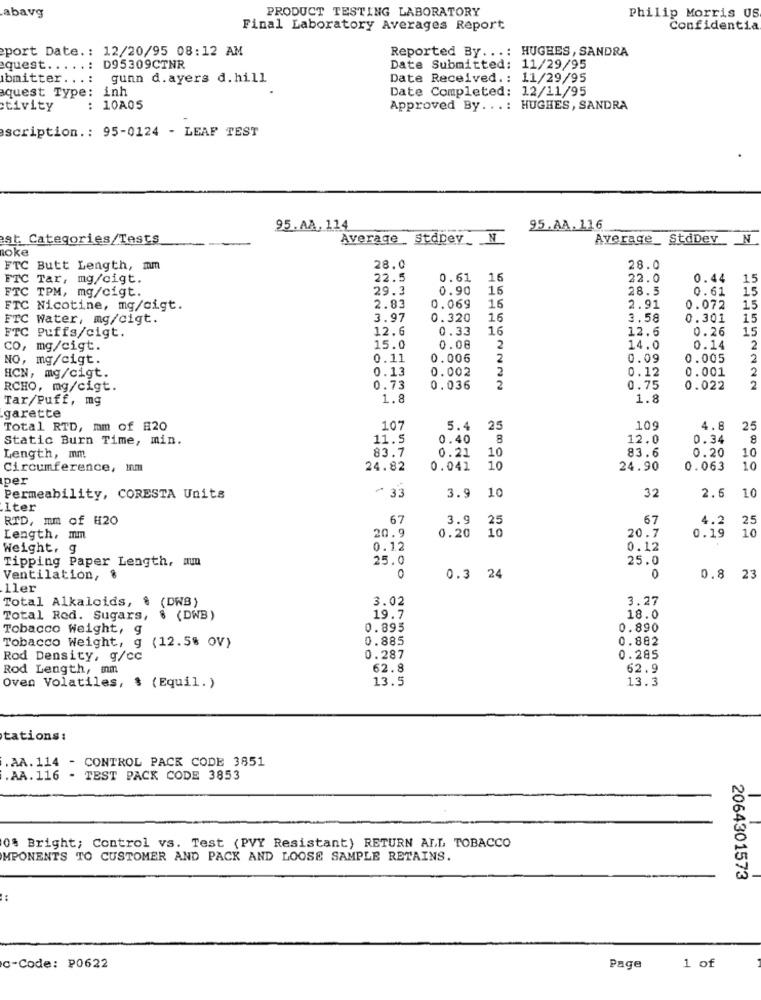
abavg
PRODUCT TESTING LABORATORY
Philip Morris US
Final Laboratory Averages Report
Confidentia
port Date .: 12/20/95 08:12 AM
Reported By ...: HUGHES, SANDRA
quest. . . . . :
D95309CTNR
Date Submitted: 11/29/95
bmitter ...: gunn d.ayers d. hill
Date Received .: 11/29/95
quest Type: inh
Date Completed: 12/11/95
ctivity
: 10A05
Approved By ...: HUGHES, SANDRA
scription .: 95-0124 - LEAF TEST
95.AA, 114
95.AA. 116
st. Categories/Tests
Average StdDey_ N
Average_ StdDev_ _ N
noke
FTC Butt Length, mm
28.0
28.0
FTC Tar, mg/cigt.
22.5
0.61 16
22.0
0.44
15
FTC TPM, mg/cigt.
29.3
0.90
16
28.5
0.61
15
FTC Nicotine, mg/cigt.
2.83
0.069
16
2.91
0.072
1,5
FTC Water, mg/cigt.
3.97
0.320
16
3.58
0.301
15
FTC Puffs/cigt.
12.6
0.33
16
12.6
0.26
15
co, mg/cigt.
15.0
0.08
2
14.0
0.14
2
NO, mg/cigt.
0.11
0.006
2
0.09
0.005
2
0.13
0.002
2
0.12
0.001
2
HCN, mg/cigt.
2
RCHO, mg/cigt.
0.73
0.036
2
0.75
0.022
Tar/Puff, mg
1.8
1.8
garette
Total RTD, mm of 20
107
5.4 25
109
4.8
25
Static Burn Time, min.
11.5
0.40
8
12.0
0.34
8
83.7
0.21
83.6
0.20
10
Length, mm
10
Circumference, inm
24.82
0.041
10
24.90
0.063
10
per
~ 33
3.9
32
2.6
10
Permeability, CORESTA Units
10
Iter
RTD, mm of #20
67
3.9
25
67
4.2
25
20.9
10
Length, mm
0.20
20.7
0.19
10
Weight, g
0.12
0.12
Tipping Paper Length, mm
25.0
25.0
0
Ventilation, &
0
0.3 24
0.8 23
ller
Total Alkaloids, ៛ (DWB)
3.02
3.27
Total Red. Sugars, $ (DWB)
19.7
18.0
Tobacco Weight, g
0.895
0.890
Tobacco Weight, g
0.885
0.882
(12.5% OV)
Rod Density, g/cc
0.287
0.285
Rod Length, mm
62.8
62.9
13.5
13.3
Oven Volatiles, $ (Equil. )
tations:
.AA. 114 - CONTROL PACK CODE 3851
.AA. 116 - TEST PACK CODE 3853
0% Bright; Control vs. Test (PVY Resistant) RETURN ALL TOBACCO
MPONENTS TO CUSTOMER AND PACK AND LOOSE SAMPLE RETAINS.
2064301573
c-Code: P0622
Page
1 of